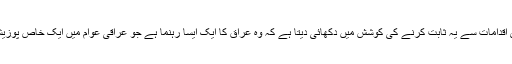
تجزیہ کاروں کا خیال ہے کہ وہ اس قسم کے سیاسی و عسکری اقدامات سے یہ ثابت کرنے کی کوشش میں دکھائی دیتا ہے کہ وہ عراق کا ایک ایسا رہنما ہے جو عراقی عوام میں ایک خاص پوزیشن رکھتا ہے اور بہت کچھ کر سکنے کی اس میں دم بھی ہے۔